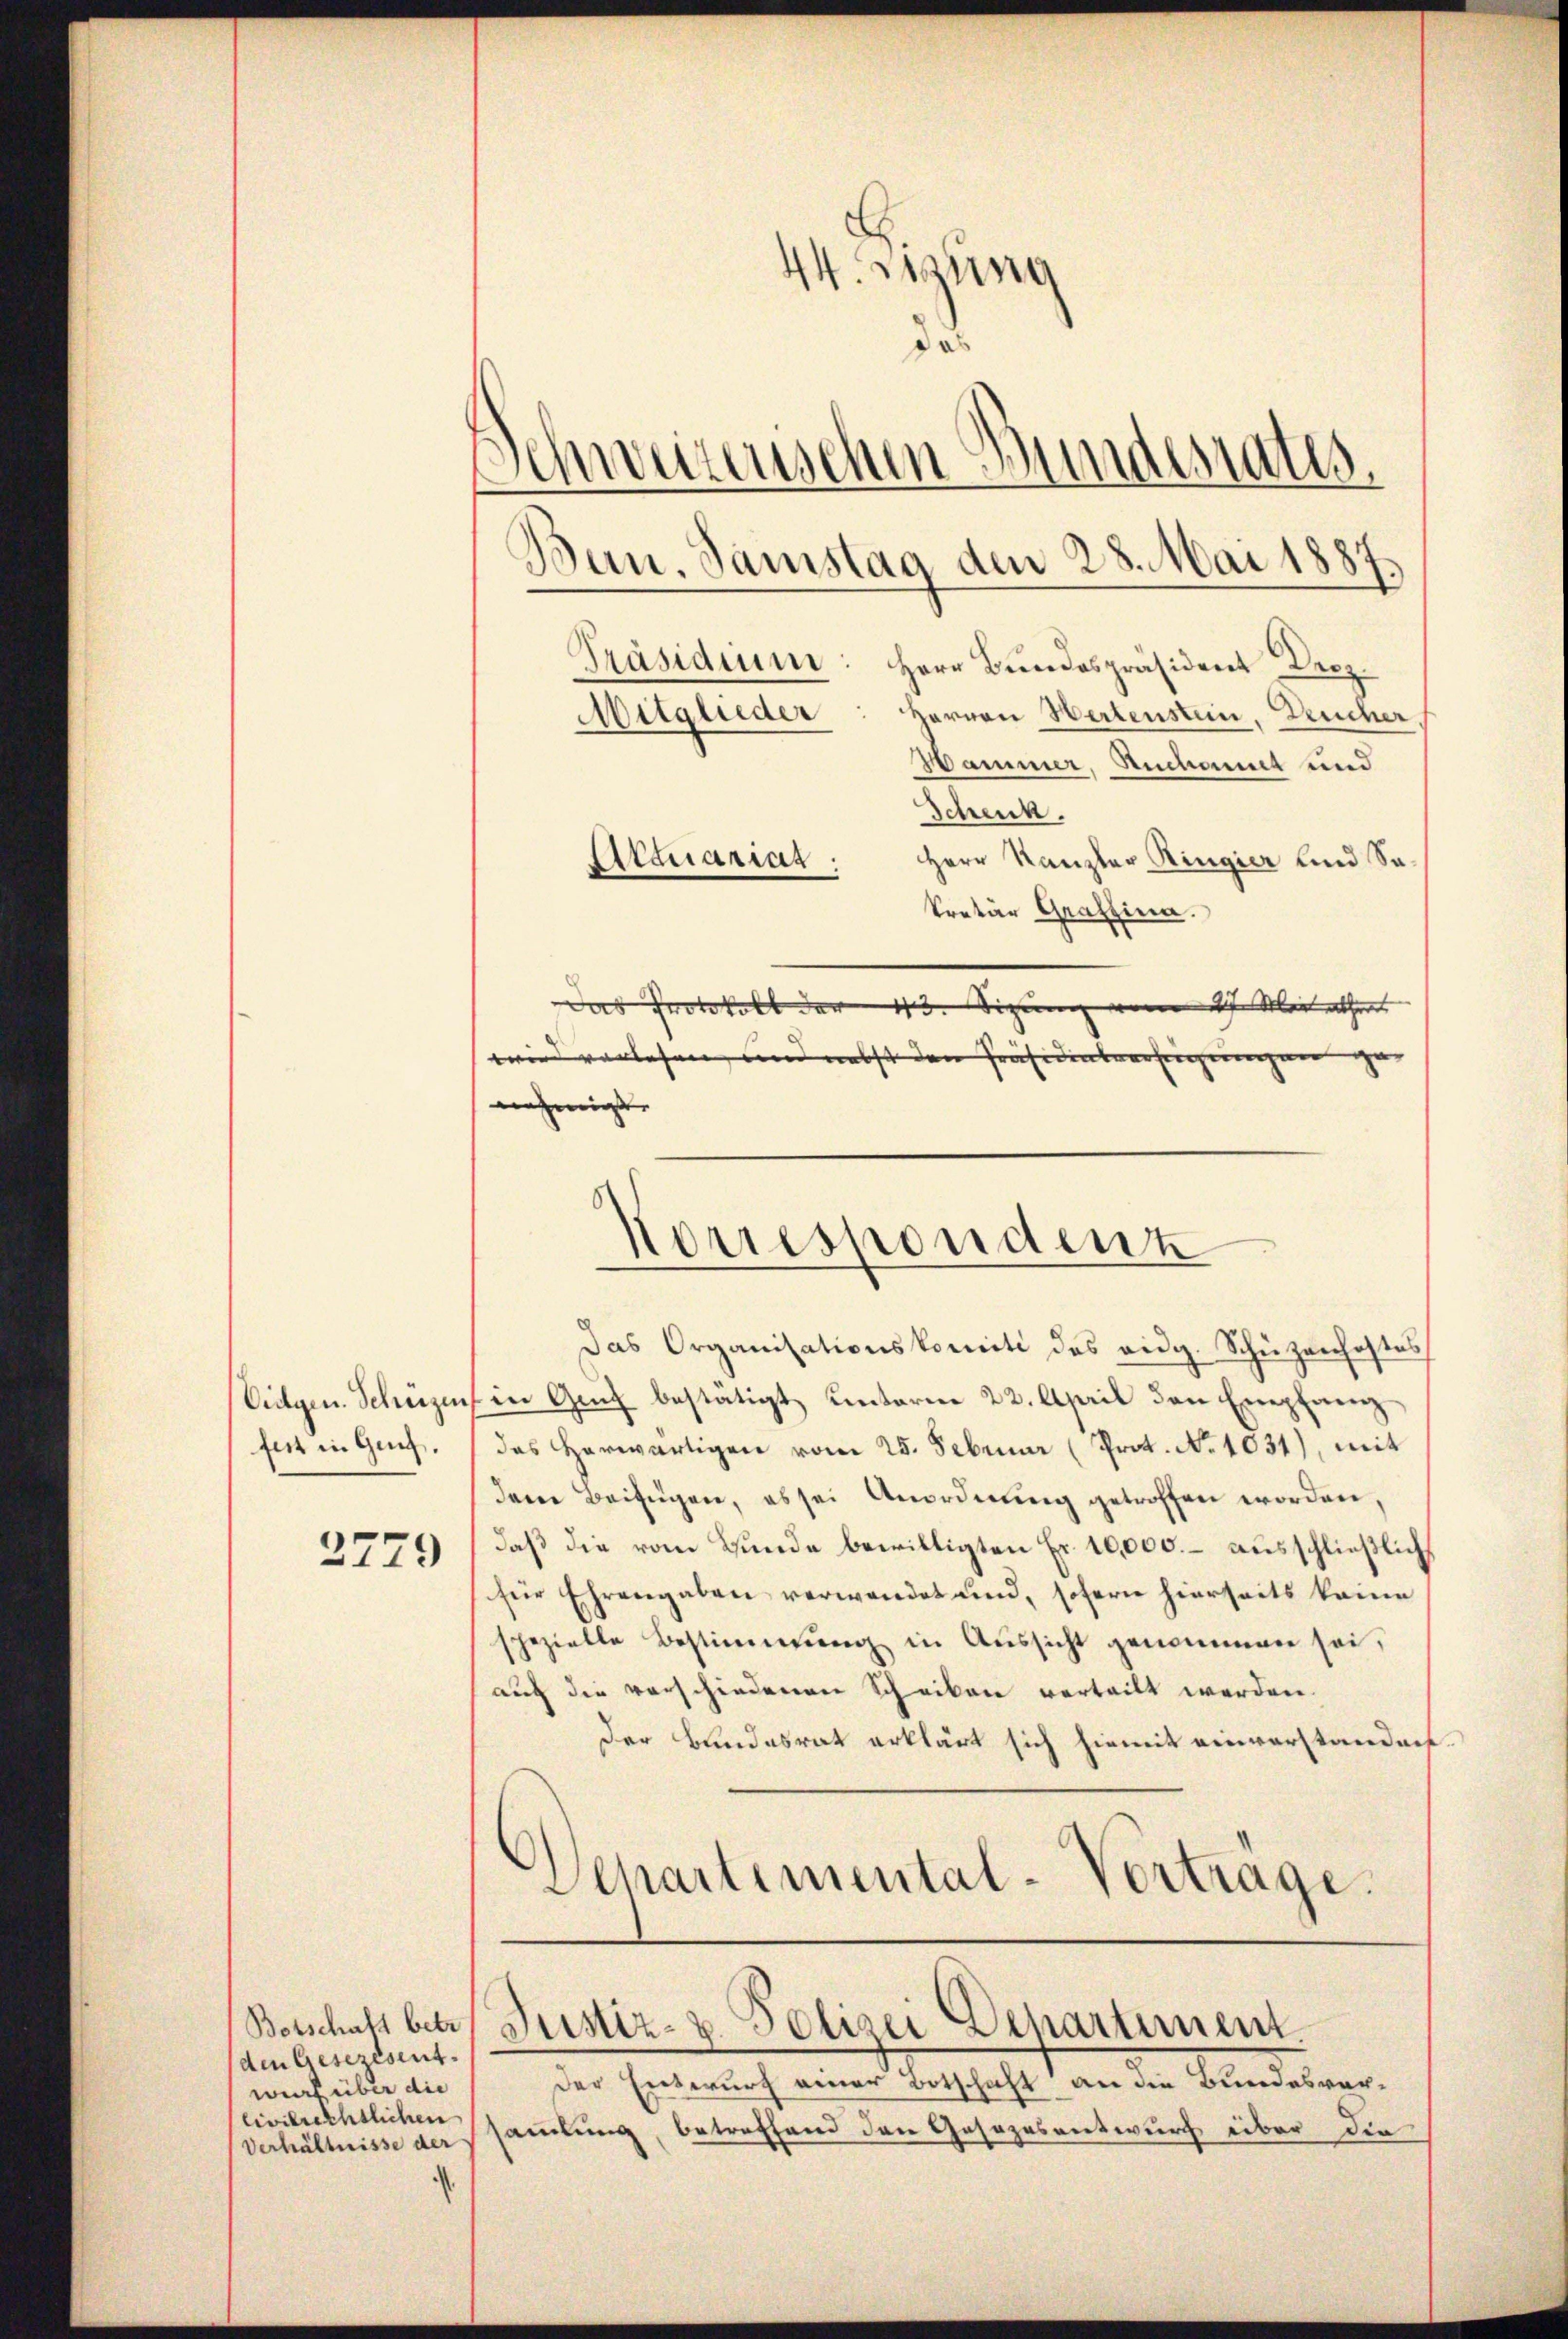
fet in Ges.

2779

den Gesezesent.
wurf über die
civilrechtlichen

Culgen. Schüzen in Genf bestätigt, unterm 22. April den Empfang
das herwärtigen vom 25. Februar (Prot. No 1031), mit
dem Beifügen, es sei Anordnŭng getroffen worden,
daß die vom Bunde bewilligten Fr. 10,000. – ausschließlich
für Ehrengaben verwendet und, sofern hierseits keine
spezielle Bestimmung in Aŭssicht genommen sei,
auch die verschiedenen Schriben verteilt werden.
Der Bundesrat erklärt sich hiemit einverstandert.
Vepartemental-Vorträge.

44. Lesung
da
Schweizerischen Bundesrates.
Bun. Samstag den 28. Mai 1887
Präsidium: Herr Bundespräsident Droz.
Herren Hertenstein. Leucher
Mitglieder
Hammer, Rückannt und
Schenk.

Herr Kanzler Ringier und Sa¬
Atquariat
kretär Graffina.
Das Protokoll der 15. Sizung vom 27. Mainther
wird vorlesen, und nebst den Präsidenberuhigungen gu
nehmigt.

Norrespondenz
Das Organisationskomité des eidg. Schüzenhaftes

Der Entwurf einer Botschaft an die Bundesver¬
Verhältnisse dersammlung, betreffend den Gesetzesentwurf über die

Botschaft betr. Justiz- u. Polizei Departement